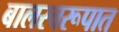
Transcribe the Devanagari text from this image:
बालस्वरूपात